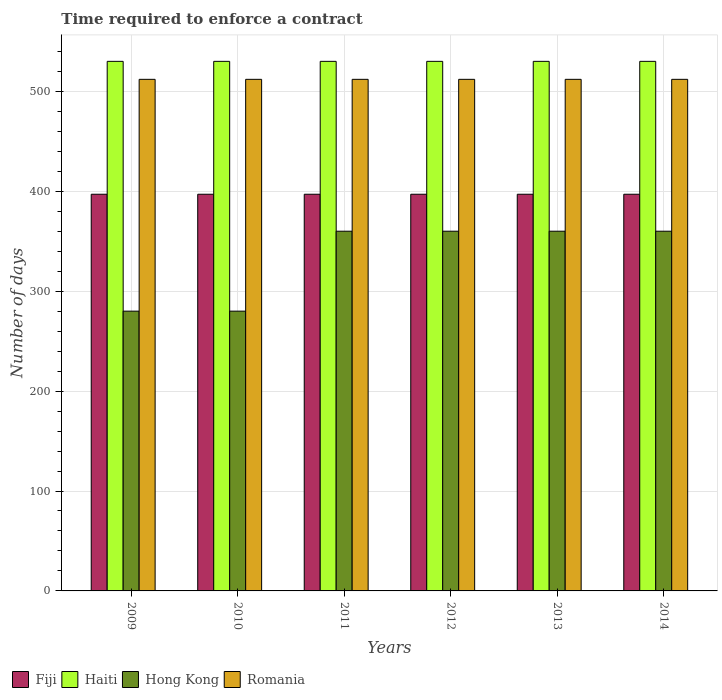
| Years | Fiji | Haiti | Hong Kong | Romania |
 | --- | --- | --- | --- | --- |
 | 2009 | 397 | 530 | 280 | 512 |
 | 2010 | 397 | 530 | 280 | 512 |
 | 2011 | 397 | 530 | 360 | 512 |
 | 2012 | 397 | 530 | 360 | 512 |
 | 2013 | 397 | 530 | 360 | 512 |
 | 2014 | 397 | 530 | 360 | 512 |